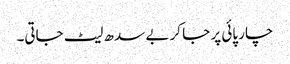
چار پائی پر جا کر بے سدھ لیٹ جاتی۔